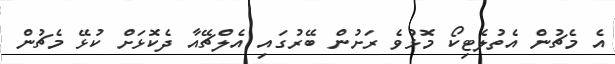
އެ މެޗުން އެތުލެޓިކޯ މޮޅުވެ ރަށުން ބޭރުގައި އެލްޗޭއާ ދެކޮޅަށް ކުޅޭ މެޗުން